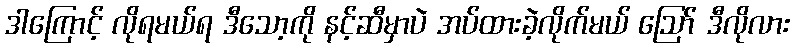
ဒါကြောင့် လိုရမယ်ရ ဒီသော့ကို နင့်ဆီမှာပဲ အပ်ထားခဲ့လိုက်မယ် ဪ ဒီလိုလား